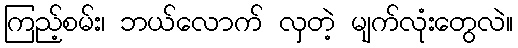
ကြည့်စမ်း၊ ဘယ်လောက် လှတဲ့ မျက်လုံးတွေလဲ။